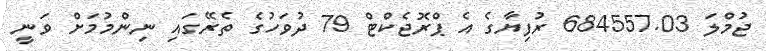
ޖުމްލަ 684557.03 ރުފިޔާގެ އެ ޕްރޮޖެކްޓް 79 ދުވަހުގެ ތެރޭގައި ނިންމުމަށް ވަނީ